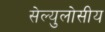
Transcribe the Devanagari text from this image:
सेल्युलोसीय